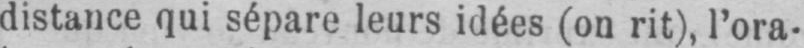
distance qui sépare leurs idées (on rit), l’ora-